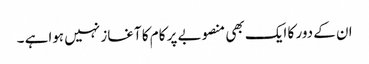
ان کے دور کا ایک بھی منصوبے پر کام کا آغاز نہیں ہواہے ۔